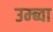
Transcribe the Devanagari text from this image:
उम्ब्वा